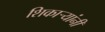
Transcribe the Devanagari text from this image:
शिकाऱ्यांनी